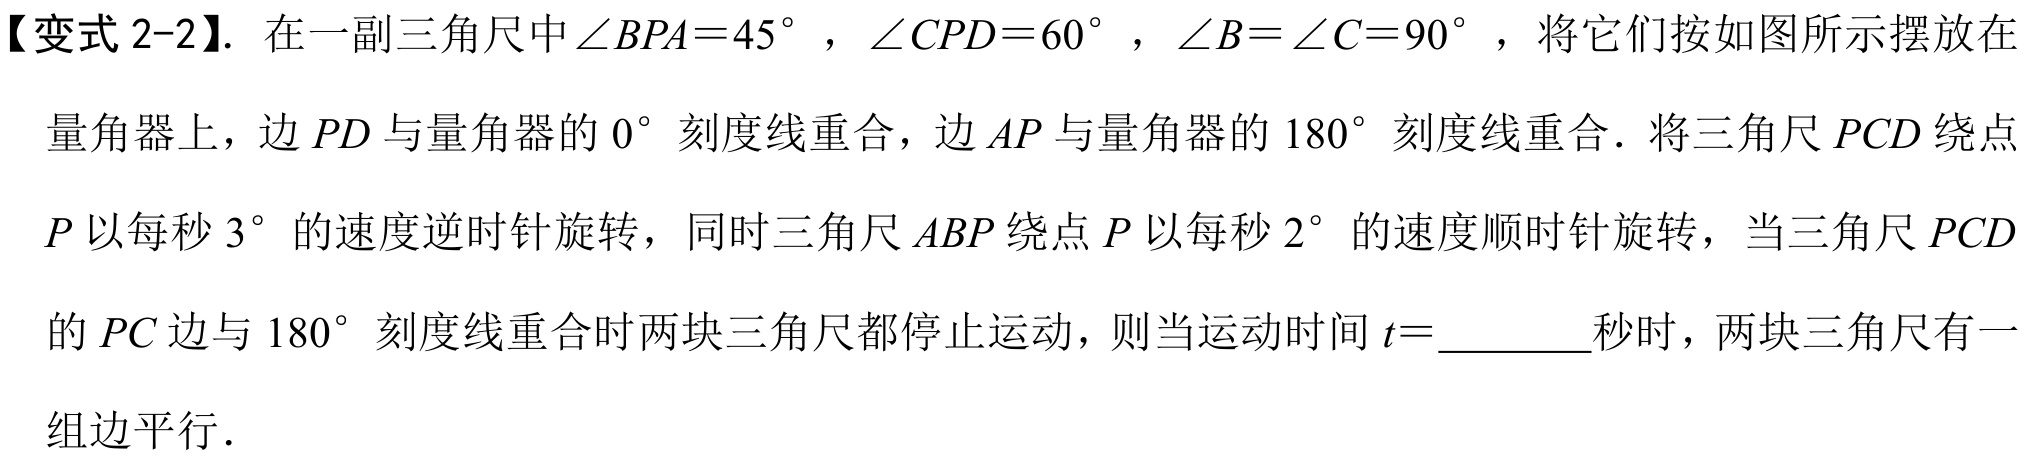
【变式 2-2】. 在一副三角尺中\(\angle BPA = 45^{\circ}\)，\(\angle CPD = 60^{\circ}\)，\(\angle B=\angle C = 90^{\circ}\)，将它们按如图所示摆放在量角器上，边 \(PD\)与量角器的 \(0^{\circ}\)刻度线重合，边 \(AP\)与量角器的 \(180^{\circ}\)刻度线重合．将三角尺 \(PCD\)绕点 \(P\)以每秒 \(3^{\circ}\)的速度逆时针旋转，同时三角尺 \(ABP\)绕点 \(P\)以每秒 \(2^{\circ}\)的速度顺时针旋转，当三角尺 \(PCD\)的 \(PC\)边与 \(180^{\circ}\)刻度线重合时两块三角尺都停止运动，则当运动时间 \(t = \underline{\quad\quad}\)秒时，两块三角尺有一组边平行．